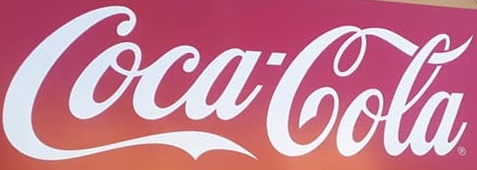
CocaCola